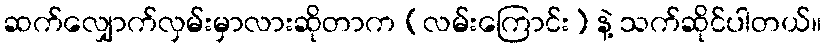
ဆက်လျှောက်လှမ်းမှာလားဆိုတာက (လမ်းကြောင်း) နဲ့ သက်ဆိုင်ပါတယ်။